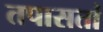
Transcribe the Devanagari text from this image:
तपासतां